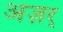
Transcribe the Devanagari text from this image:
अज़र्